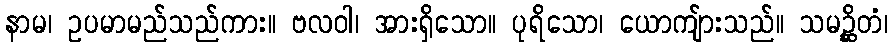
နာမ၊ ဥပမာမည်သည်ကား။ ဗလဝါ၊ အားရှိသော။ ပုရိသော၊ ယောကျ်ားသည်။ သမဉ္ဆိတံ၊